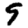
Digit: 9